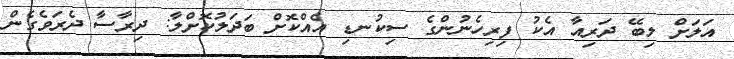
އަލަށް ލިބޭ ދަރިއާ އެކު ފިރިހެނުންގެ ސިކުނޑި އެއްކޮށް ބަދަލުކޮށްލާ: ދިރާސާ ދެރަވެގެން